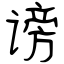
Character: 谤